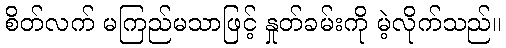
စိတ်လက် မကြည်မသာဖြင့် နှုတ်ခမ်းကို မဲ့လိုက်သည်။